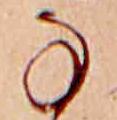
な